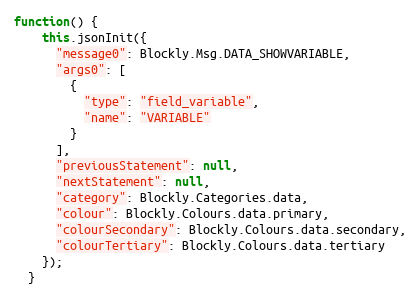
Language: JavaScript
function() {
    this.jsonInit({
      "message0": Blockly.Msg.DATA_SHOWVARIABLE,
      "args0": [
        {
          "type": "field_variable",
          "name": "VARIABLE"
        }
      ],
      "previousStatement": null,
      "nextStatement": null,
      "category": Blockly.Categories.data,
      "colour": Blockly.Colours.data.primary,
      "colourSecondary": Blockly.Colours.data.secondary,
      "colourTertiary": Blockly.Colours.data.tertiary
    });
  }